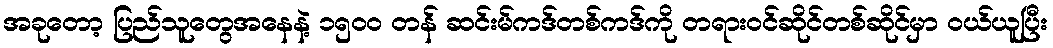
အခုတော့ ပြည်သူတွေအနေနဲ့ ၁၅၀၀ တန် ဆင်းမ်ကဒ်တစ်ကဒ်ကို တရားဝင်ဆိုင်တစ်ဆိုင်မှာ ဝယ်ယူပြီး